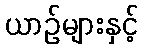
ယာဉ်များနှင့်